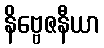
နိဗ္ဗေဇနီယာ